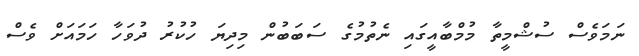
ނަމަވެސް ސުޝްމީތާ މުމްބާއީގައި ނެތުމުގެ ސަބަބުން މިދިޔަ ހުކުރު ދުވަހާ ހަމައަށް ވެސް